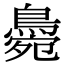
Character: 𪂭